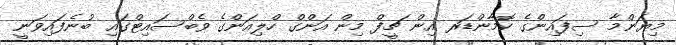
މިޔަންމާ ސިފައިންގެ ކޮމާންޑަރ އިން ޗީފް މިން އަންގް ހްލިއަންގެ ވެބްސައިޓްގައި ބުނެފައިވަނީ